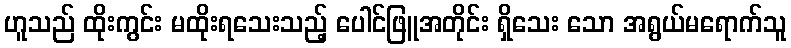
ဟူသည် ထိုးကွင်း မထိုးရသေးသည့် ပေါင်ဖြူအတိုင်း ရှိသေး သော အရွယ်မရောက်သူ